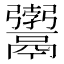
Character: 𩱚